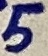
Text: 5